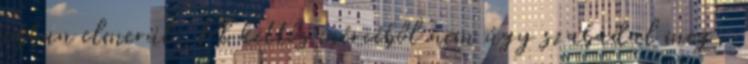
jobban elmerül. Pl kettős mércéből nem úgy szabadul meg,